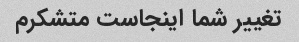
تغییر شما اینجاست متشکرم